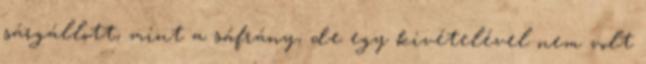
sárgállott, mint a sáfrány, de egy kivételével nem volt